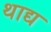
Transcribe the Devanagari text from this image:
थाद्य